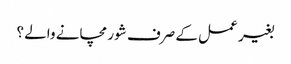
بغیر عمل کے صرف شور مچانے والے ؟